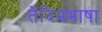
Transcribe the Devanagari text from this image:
तेदिमभाषा